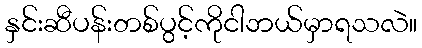
နှင်းဆီပန်းတစ်ပွင့်ကိုငါဘယ်မှာရသလဲ။